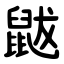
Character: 鼥